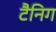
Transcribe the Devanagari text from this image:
टैनिग